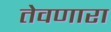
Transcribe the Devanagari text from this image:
तेवणारा